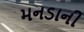
મનડાની